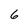
Character: 6